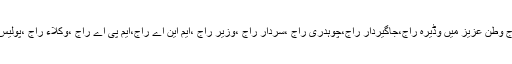
عزتیں اس وقت بھی محفوظ نہ تھیں، آج وطن عزیز میں وڈیرہ راج،جاگیردار راج،چوہدری راج ،سردار راج ،وزیر راج ،ایم این اے راج،ایم پی اے راج ،وکلاء راج ،پولیس راج حتیٰ کہ مولوی راج موجود ہے ۔